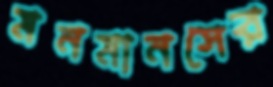
মনমানসের